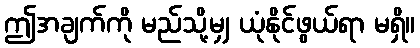
ဤအချက်ကို မည်သို့မျှ ယုံနိုင်ဖွယ်ရာ မရှိ။